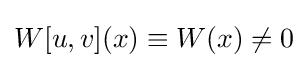
W[u,v](x)\equiv W(x)\neq 0